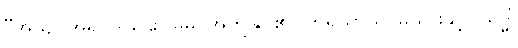
“အယျ၊ အရှင်သဌေး။ မမ၊ အကျွန်ုပ်၏။ ဘရိယာယ၊ မယားနှင့်။ သဒ္ဓိံ၊